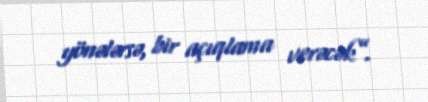
yönələrsə, bir açıqlama verəcək”.